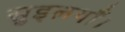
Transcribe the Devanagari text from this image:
सुइलयाँ।